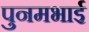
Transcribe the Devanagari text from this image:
पुनमभाई